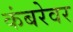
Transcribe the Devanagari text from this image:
कंबरेवर